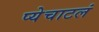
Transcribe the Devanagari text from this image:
प्येचाटलं